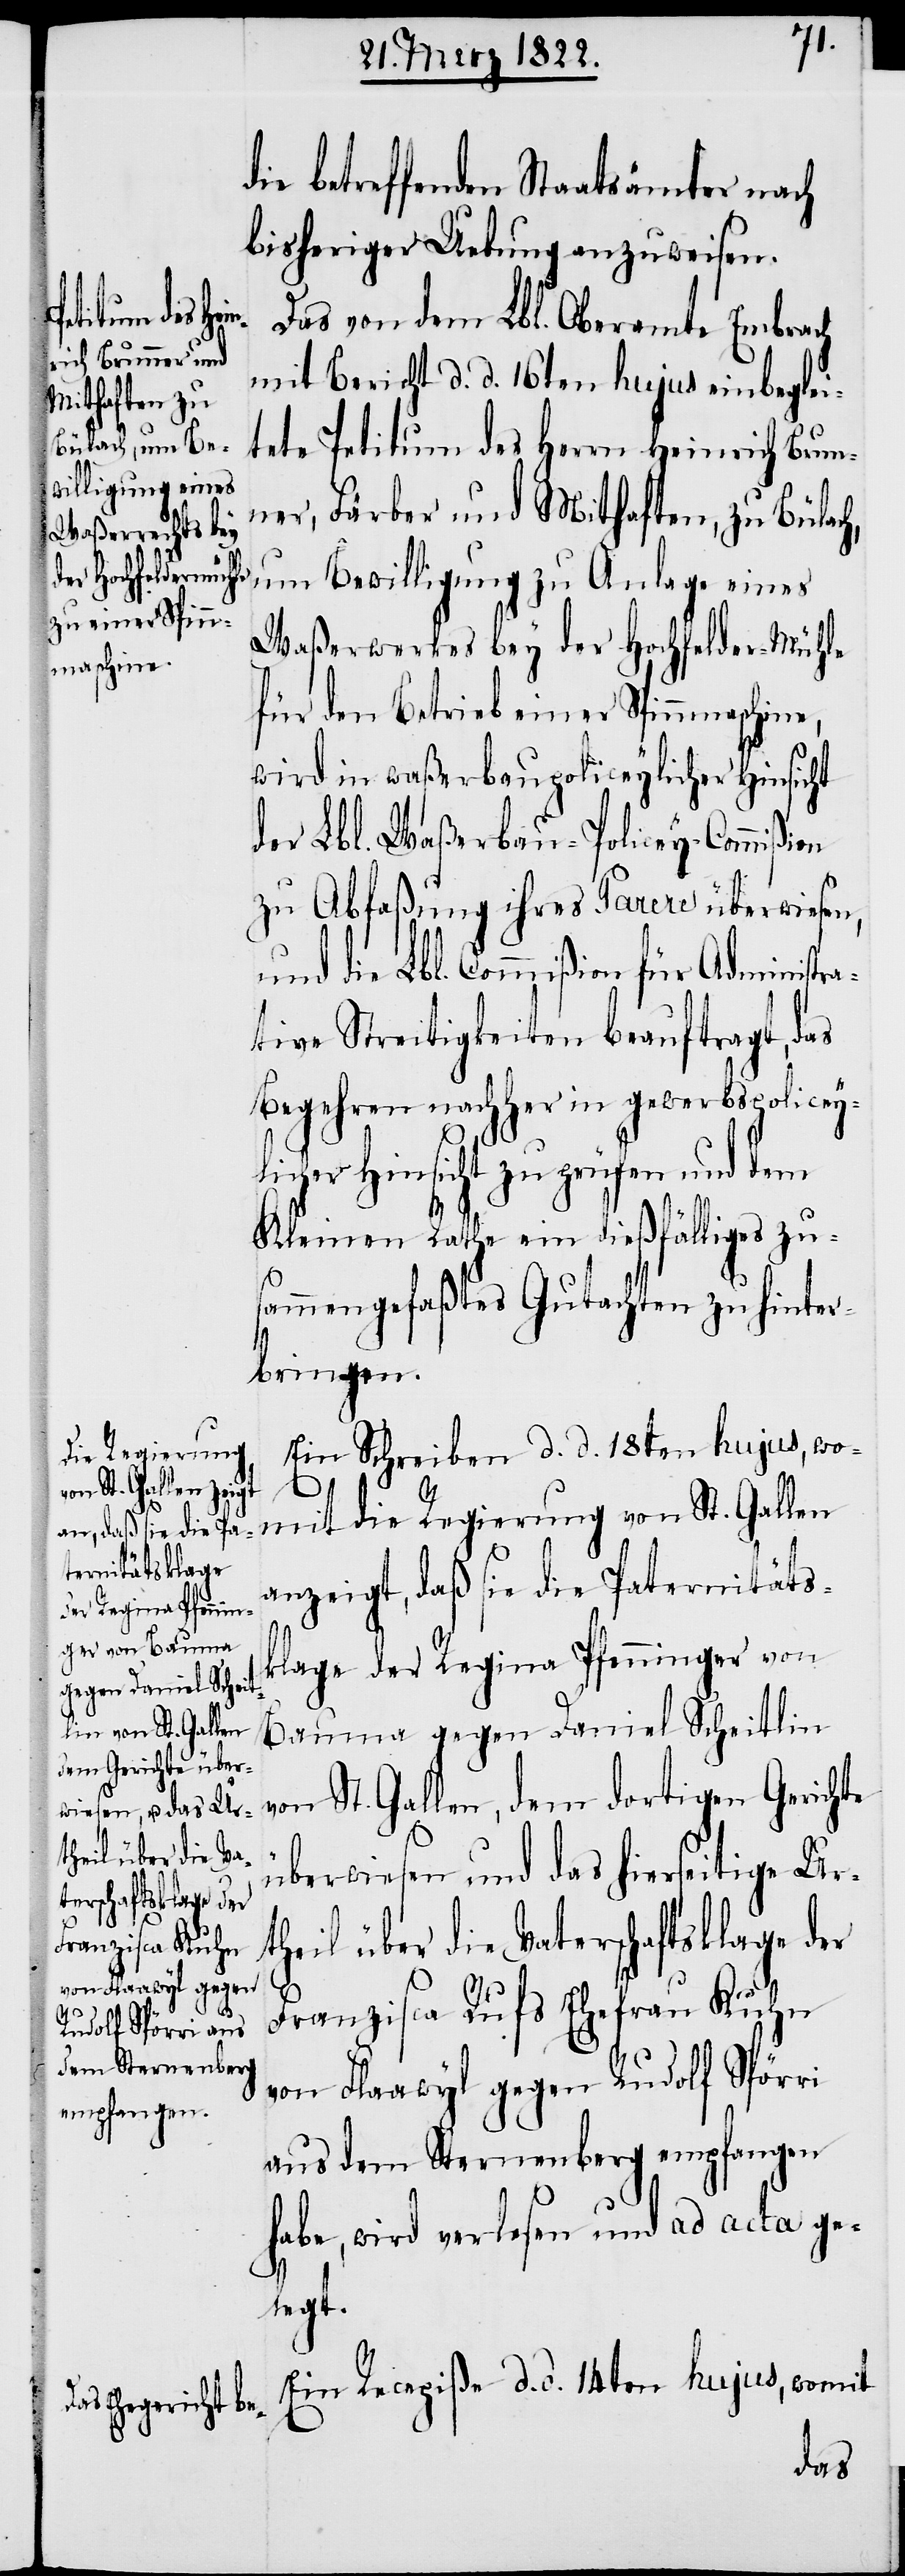
die betreffenden Staatsämter nach
bisheriger Uebung anzuweisen.
Das von dem Lbl. Oberamte Embrach
mit Bericht d. d. 16ten hujus einbeglei¬
tete Petitum des Herrn Heinrich Brun¬
ner, Färber und Mithaften, zu Bülach,
um Bewilligung zu Anlage eines
Waßerwerkes bey der Hochfelder-Mühle
für den Betrieb einer Spinnmaschine,
wird in waßerbaupoliceylicher Hinsicht
der Lbl. Waßerbau-Policey-Commißion
zu Abfaßung ihres Parere überwiesen,
und die Lbl. Commißion für Administr¬
ative Streitigkeiten beauftragt, das
Begehren nachher in gewerbspoliceyl¬
icher Hinsicht zu prüfen und dem
Kleinen Rathe ein dießfälliges zu¬
sammengefaßtes Gutachten zu hinter¬
bringen.
Ein Schreiben d. d. 18ten hujus, wo¬
mit die Regierung von St. Gallen
anzeigt, daß sie die Paternitäts¬
klage der Regina Pfenniger von
Bauma gegen Daniel Scheitlin
von St. Gallen, dem dortigen Gerichte
überwiesen und das hierseitige Ur¬
theil über die Vaterschaftsklage der
Franziska Rufs Ehefrau Kuhn
von Flaawyl gegen Rudolf Spörri
aus dem Sternenberg empfangen
habe, wird verlesen und ad acta ge¬
legt.
Ein Recepiße d. d. 14ten hujus, womit